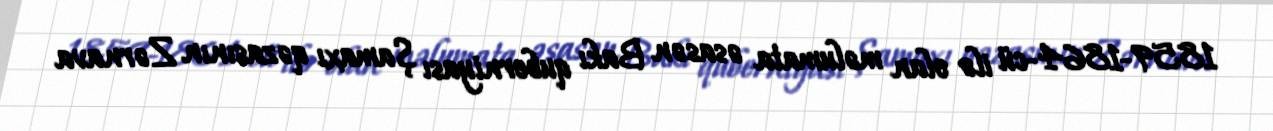
1859-1864-cü ilə olan məlumata əsasən Bakı quberniyası Şamaxı qəzasının Zərnava